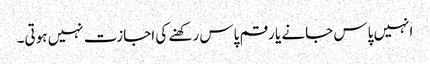
انہیں پاس جانے یا رقم پاس رکھنے کی اجازت نہیں ہوتی۔